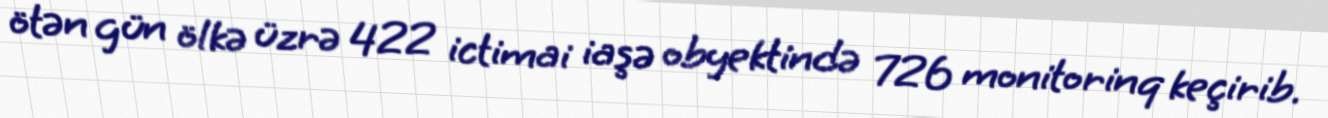
ötən gün ölkə üzrə 422 ictimai iaşə obyektində 726 monitorinq keçirib.